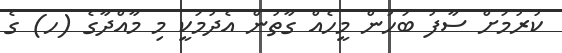
ކުރުމަށް ސާފު ބަހުން މީހެއް ގާތުން އެދުމަކީ މި މާއްދާގެ (ހ) ގެ